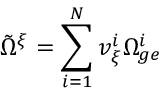
\tilde { \Omega } ^ { \xi } = \sum _ { i = 1 } ^ { N } v _ { \xi } ^ { i } \Omega _ { g e } ^ { i }